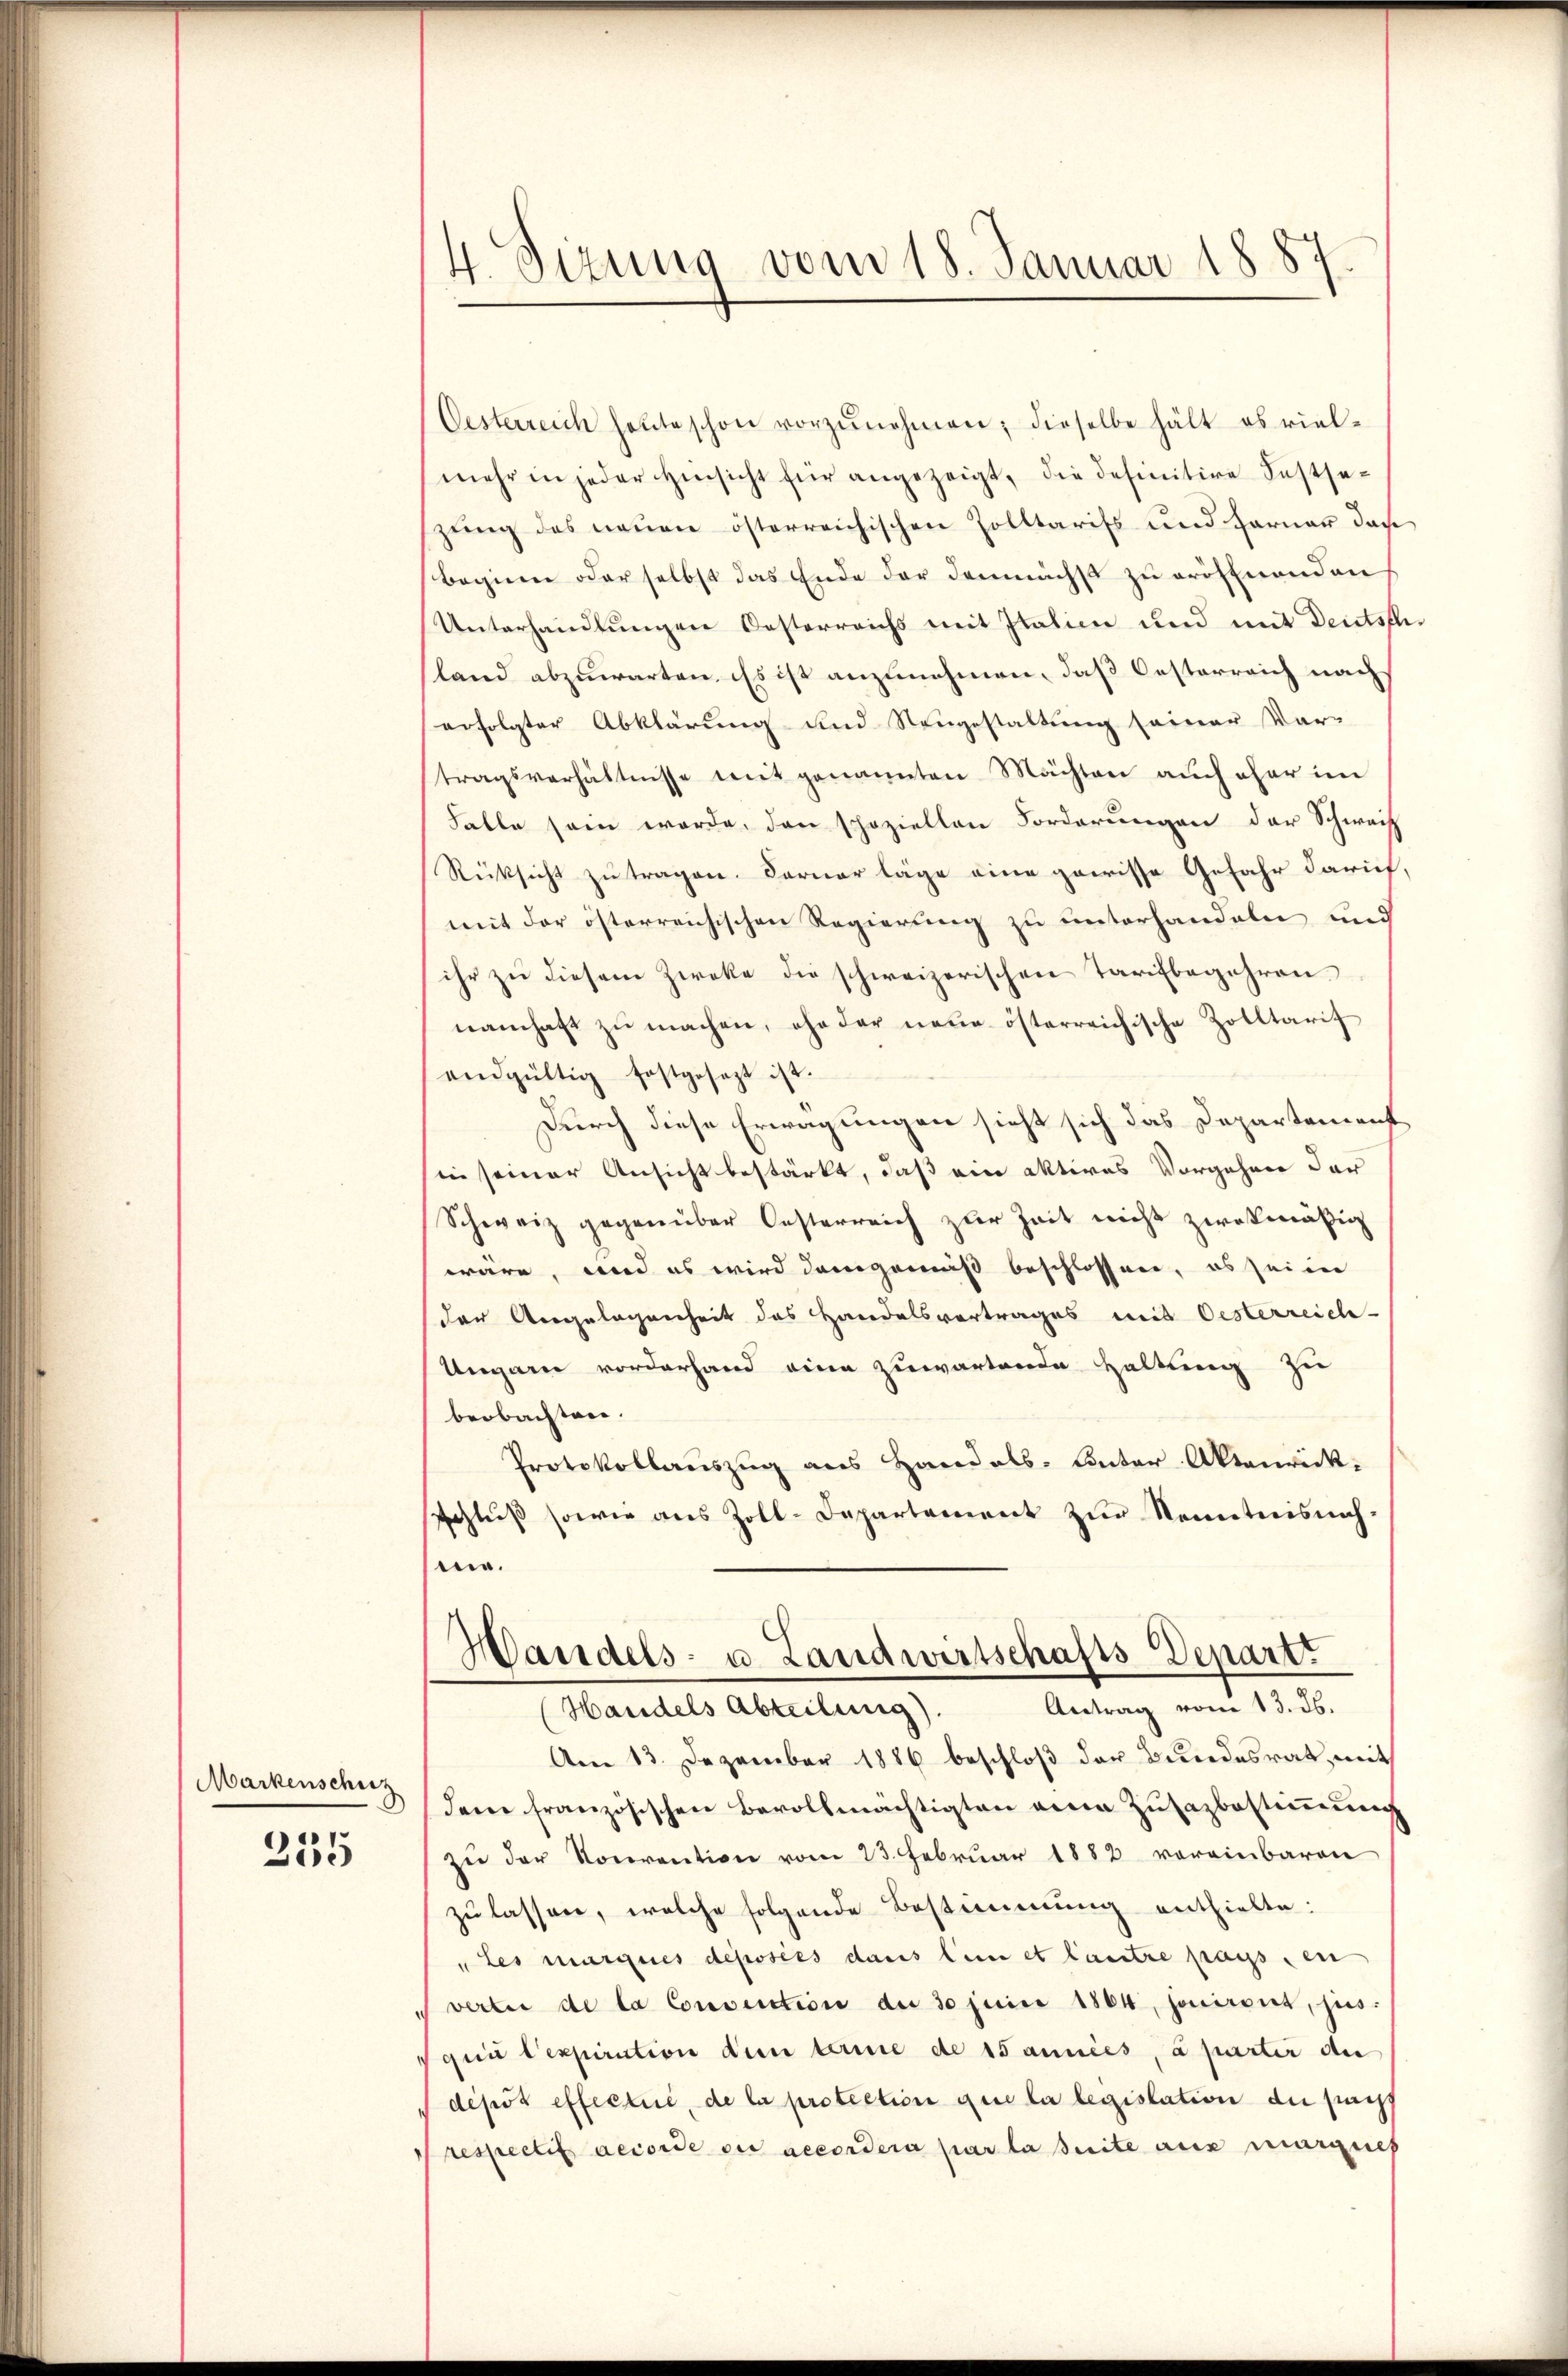
Markenschuz

235

4. Sizung vom 18. Januar 1887

Oesterreich heute schon vorzŭnehmen; dieselbe hält es viel-
mehr in jeder Hinsicht für angezeigt, die definitive Festsezung des neuen österreichischen Zolltarifs und Ferner das
Beginne oder selbst das Ende der demnächst zu eröffnenden
Unterhandlungen Oesterreichs mit Italien und mit Deutschland abzuwarten. Es ist anzunehmen, daß Oesterreich nach
erfolgter Abklärung und Neugestaltung seiner Vor-
tragsverhältnisse mit genannten Mächten auch eher im
Falle sein werde, den speziellen Forderungen der Schwach
Rücksicht zu tragen. Ferner läge eine gewisse Gefahr darief,
mit der österreichischen Regierung zu unterhandeln und
ihr zu diesem Zweke die schweizerischen Tarifbegehren
namhaft zŭ machen, ohn der neŭe österreichische Zolltarif
endgültig festgesezt ist.
Durch diese Erwägungen sicht sich das Departement
in seiner Ansicht bestärkt, daß ein aktives Vorgehen der
Schweiz gegenüber Oesterreich zur Zeit nicht zwekmäßig
wäre, und es wird dangewiß beschlossen, es seine
der Angelegenheit das Handelsvertrages mit Oesterreich-
Ungarn vorderhand eine zuwartende Haltung zu
beobachten.
Protokollauszug aus Handals-Unter Aktenrickschlŭβ sowie aus Zoll-Departement zŭr Kenntnisnahm.
c
Handels- u. Landwirtschafts-Departt
Antrag vom 13. ds.
Handels Abteilung).
Am 13. Dezember 1886 beschloß der Bundesrat, mit
dem französischen Bevollmächtigten eine Zusazbestimmung
zu der Konvention vom 23. Februar 1882 voreinbaren
zu lassen, welche folgende Bestimmung enthielte:
„Les marques deposées dans lein et lautre passen
vertei de la Convention der 30 Juni 1864, jouiront, jus
qui l’expiration den terme de 15 années, à parter die
dépôt effectue, de la protection que la legislation du pracht
respectis accorde des accordera par la seite aus merzeich